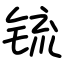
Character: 锍